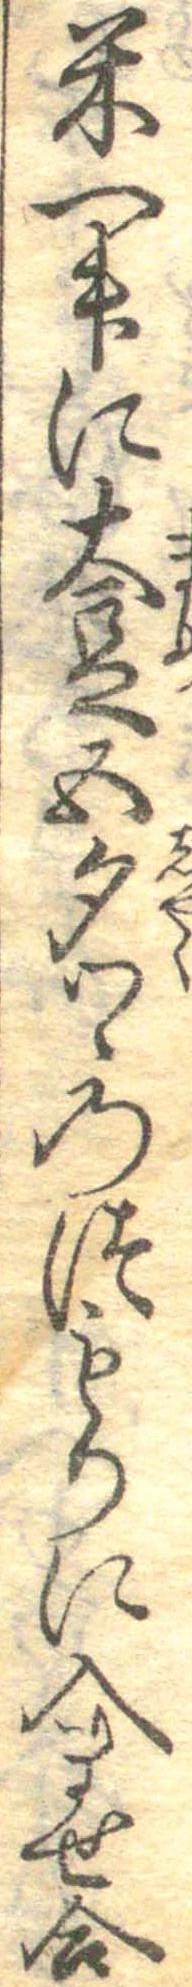
米一升に大豆五勺つゝのつもりに入ませ合